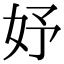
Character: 妤